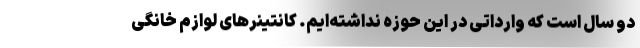
دو سال است که وارداتی در این حوزه نداشته‌ایم. کانتینرهای لوازم خانگی